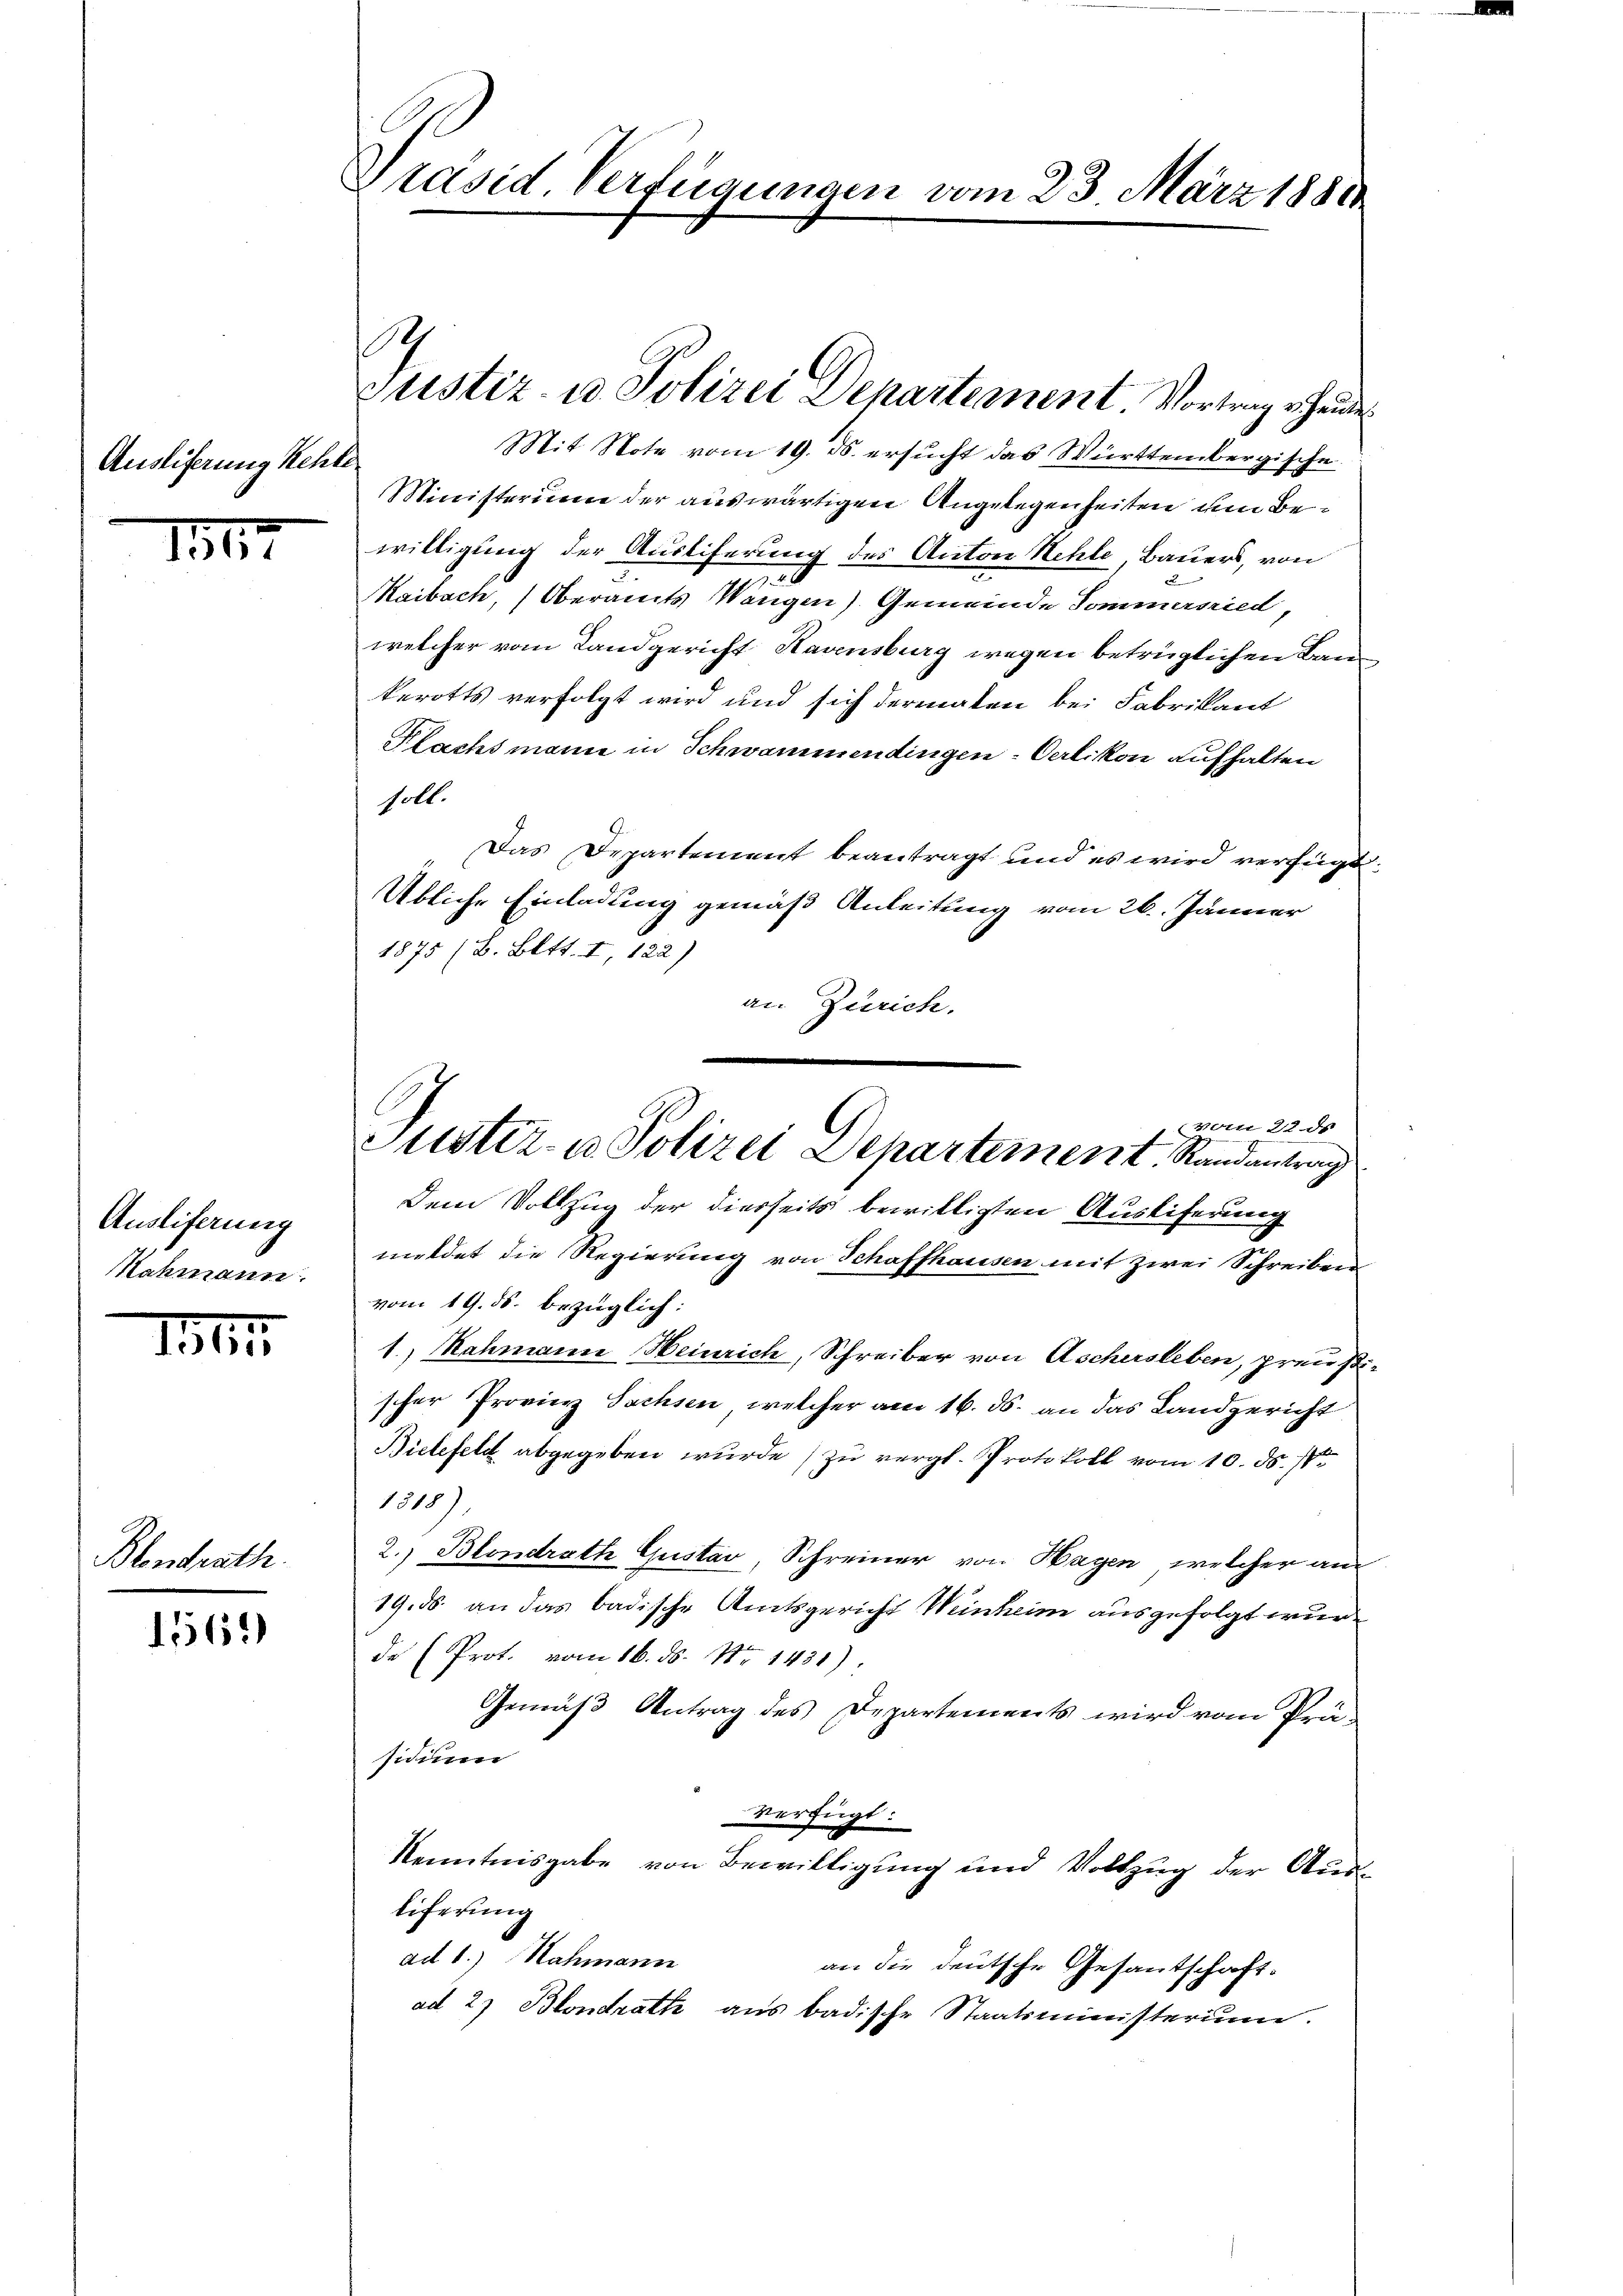
Auslieferung Rechte

1317

Ausliferung
Nahmann.

11

Blondrath.

1561)

Präsid Verfügungen vom 23. März 1880

1

Justiz- u Polizei Departement Vortrag erhause

vom 22. ds.
Justiz- u. Polizei Departement. Randantrag

Mit Note vom 19. ds. ersucht das Württembergische
Ministerium der auswärtigen Angelegenheiten um Bewilligung der Auslieferung des Anton Hehle, Bauers, von
Kaibach, Oberamts Wangen) Gemeinde Sommernied
welcher vom Landgericht Havensburg wegen betrüglichen Baukerotts verfolgt wird und sich dermalen bei Fabrikant
Plachsmann in Schwammendingen Oerlikon aufhalten
soll.
Das Departement beantragt und es wird verfügt
Übliche Einladung gemäß Anleitung vom 26. Jänner
1875 (B. Bett. I, 122)
an Zürich.
Dem Vollzug der diesseits bewilligten Auslieferung
meldet die Regierung von Schaffhausen mit zwei Schreiben
vom 19. ds. bezüglich:
1.) Rahmann Heinrich, Schreiber von Aschersleben, preußischer Provier Sachsen, welcher am 16. ds. an das Landgericht
Bielefeld abgegeben wurde zu vergl. Protokoll vom 10. ds. s
1318)
2.) Blondrath Gustav, Schreiner von Hagen, welcher an
19. ds. an das badische Amtsgericht Weinheim ausgefolgt wurde (Prot. vom 16. ds. Nr. 1431).
Gemäß Antrag des Departements wird vom Prä-
sidium
Verfügt:
Kenntnisgabe von Bewilligung und Vollzug der Ausliferung
ad b.) Nachmann
an die deutsche Gesantschaft.
ad 27 Blondrath aus badische Staatsministerium.